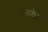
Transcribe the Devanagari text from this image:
करये।